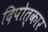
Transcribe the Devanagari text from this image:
दिपोत्कार